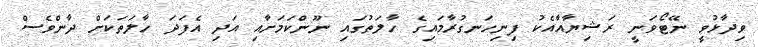
ވިދާޅުވީ ނޭޓޯވަނީ ރަޝިޔާއާއެކު ފިނިހަނގުރާމައިގެ ހާލަތުގައި ނޫންކަމަށާއި އަދި އެފަދަ ހާލަތަކަށް ދާންވެސް